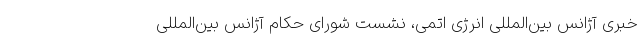
خبری آژانس بین‌المللی انرژی اتمی، نشست شورای حکام آژانس بین‌المللی